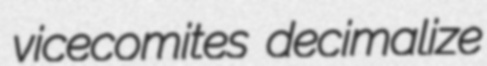
vicecomites decimalize